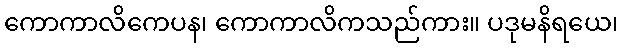
ကောကာလိကေပန၊ ကောကာလိကသည်ကား။ ပဒုမနိရယေ၊